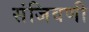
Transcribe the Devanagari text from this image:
संजिवणी